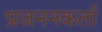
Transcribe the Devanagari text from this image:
प्रजननकर्ता